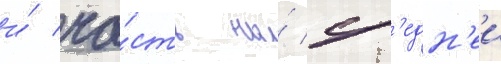
и́ ча́сть на́ ср'едн'еи